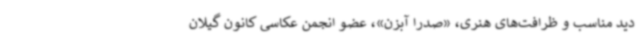
دید مناسب و ظرافت‌های هنری، «صدرا آبزن»، عضو انجمن عکاسی کانون گیلان